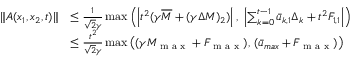
\begin{array} { r l } { \| A ( x _ { 1 } , x _ { 2 } , t ) \| } & { \leq \frac { 1 } { \sqrt { 2 } \gamma } \operatorname* { m a x } \left( \left| t ^ { 2 } ( \gamma \overline { { M } } + ( \gamma \Delta M ) _ { 2 } ) \right| , \ \left| \sum _ { k = 0 } ^ { t - 1 } \bar { u } _ { k , 1 } \Delta _ { k } + t ^ { 2 } F _ { 1 , 1 } \right| \right) } \\ & { \leq \frac { t ^ { 2 } } { \sqrt { 2 } \gamma } \operatorname* { m a x } \left( ( \gamma M _ { \textrm { m a x } } + F _ { \textrm { m a x } } ) , \, ( \bar { u } _ { m a x } + F _ { \textrm { m a x } } ) \right) } \end{array}